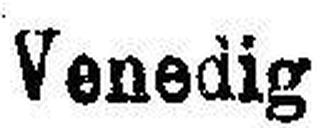
Venedig